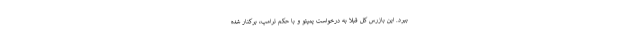
ببرد. این بازرس کل قبلا به درخواست پمپئو و با حکم ترامپ، برکنار شده